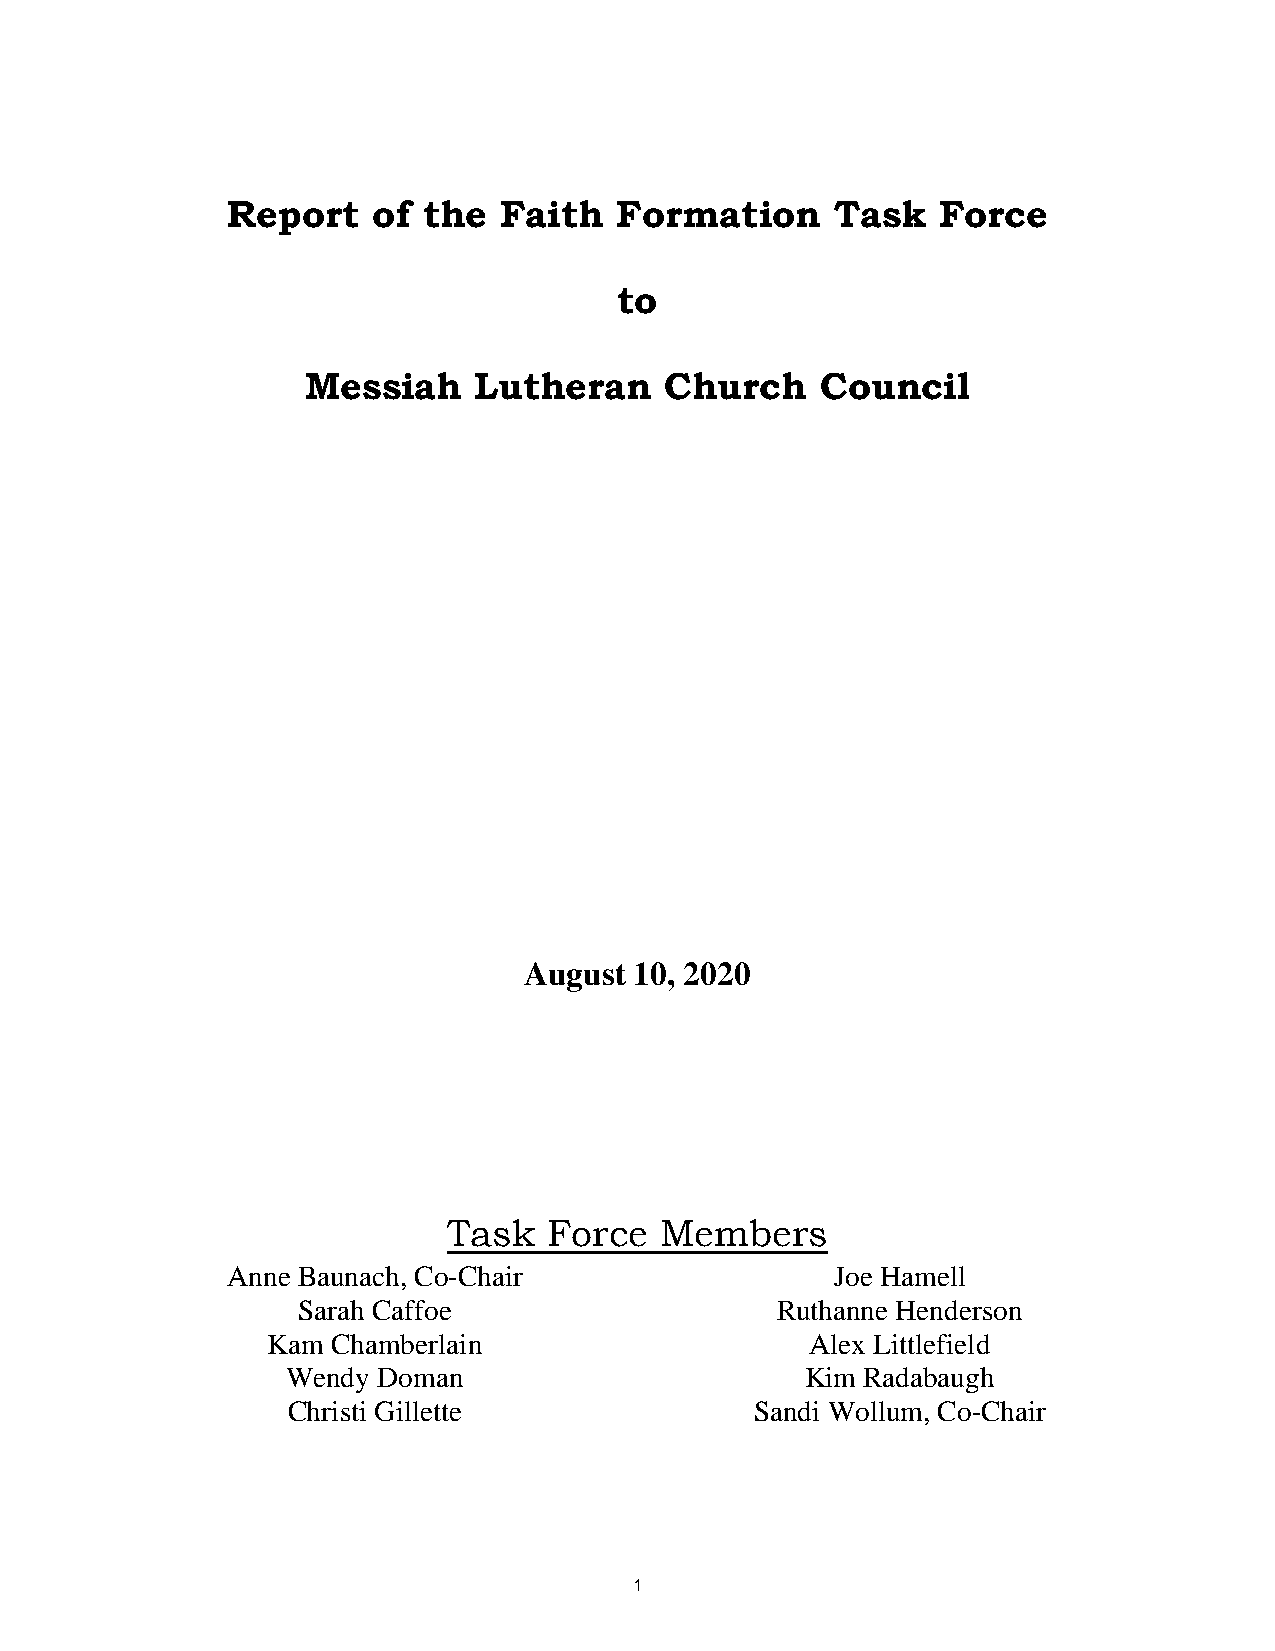
Report    of the  Faith   Formation     Task   Force
 to
 Messiah    Lutheran     Church    Council
 August 10, 2020
 Task  Force   Members
 Anne Baunach, Co-Chair                  Joe Hamell
 Sarah Caffoe                   Ruthanne Henderson
 Kam Chamberlain                     Alex Littlefield
 Wendy Doman                       Kim Radabaugh
 Christi Gillette               Sandi Wollum, Co-Chair
 1